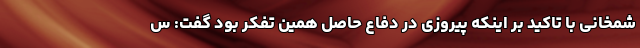
شمخانی با تاکید بر اینکه پیروزی در دفاع حاصل همین تفکر بود گفت: س